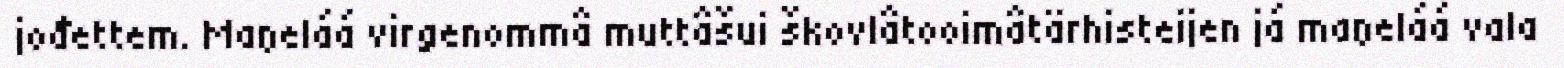
jođettem. Maŋeláá virgenommâ muttâšui škovlâtooimâtärhisteijen já maŋeláá vala